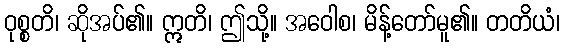
ဝုစ္စတိ၊ ဆိုအပ်၏။ ဣတိ၊ ဤသို့။ အဝေါစ၊ မိန့်တော်မူ၏။ တတိယံ၊